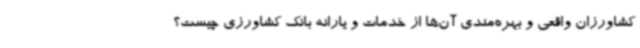
کشاورزان واقعی و بهره‌مندی آن‌ها از خدمات و یارانه بانک کشاورزی چیست؟